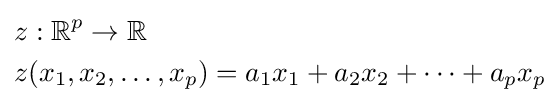
{\begin{aligned}&z:\mathbb {R} ^{p}\to \mathbb {R} \\&z(x_{1},x_{2},\ldots ,x_{p})=a_{1}x_{1}+a_{2}x_{2}+\cdots +a_{p}x_{p}\end{aligned}}